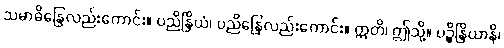
သမာဓိန္ဒြေလည်းကောင်း။ ပညိန္ဒြိယံ၊ ပညိန္ဒြေလည်းကောင်း။ ဣတိ၊ ဤသို့။ ပဉ္စိန္ဒြိယာနိ၊